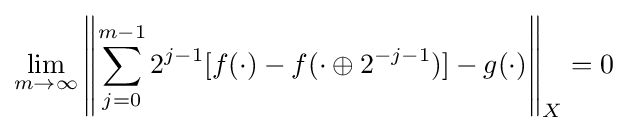
\lim _{m\to \infty }\left\|\sum _{j=0}^{m-1}2^{j-1}[f(\cdot )-f(\cdot \oplus 2^{-j-1})]-g(\cdot )\right\|_{X}=0